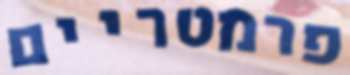
פרמטריים